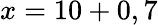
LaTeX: x=10+0,7